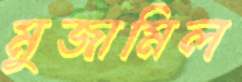
মুজামিল